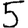
Digit: 5